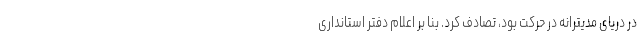
در دریای مدیترانه در حرکت بود، تصادف کرد. بنا بر اعلام دفتر استانداری